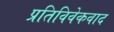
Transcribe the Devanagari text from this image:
प्रतिविवेकवाद